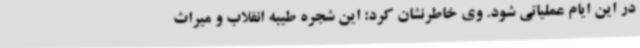
در این ایام عملیاتی شود. وی خاطرنشان کرد: این شجره طیبه انقلاب و میراث